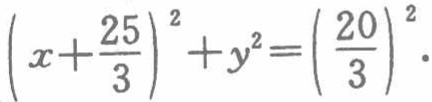
\(\left(x+\frac{25}{3}\right)^{2}+y^{2}=\left(\frac{20}{3}\right)^{2}\)